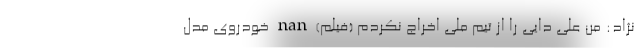
نژاد: من علی دایی را از تیم ملی اخراج نکردم (فیلم) nan خودروی مدل